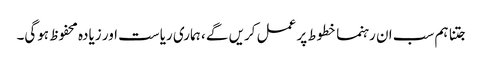
جتنا ہم سب ان رہنما خطوط پر عمل کریں گے ، ہماری ریاست اور زیادہ محفوظ ہوگی۔